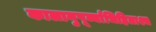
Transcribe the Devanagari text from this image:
कालानुपूर्व्याभिहिताश्च